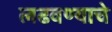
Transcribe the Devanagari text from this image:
लढवण्याचे